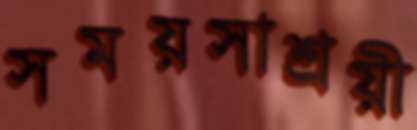
সময়সাশ্রয়ী